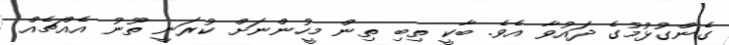
ގެންގުޅުމުގެ ދައުވާ އެވެ. ބާކީ ތިބި ތިން މީހުންނަށް ކުރަނީ ތޫނު އެއްޗެއް